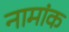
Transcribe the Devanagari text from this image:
नामांक